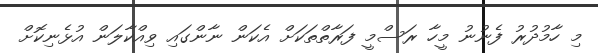
މި ހާމުދުރު ފެނުނު މީހާ ރަސްމީ ފަރާތްތަކަށް އެކަން ނާންގައި ވިއްކާލަން އުޅެނިކޮށް